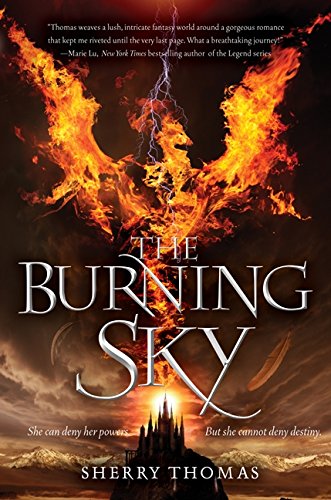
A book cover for The Burning Sky (Elemental Trilogy); Sherry Thomas; Teen & Young Adult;